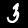
Label: 3